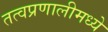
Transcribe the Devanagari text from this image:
तत्वप्रणालीमध्ये